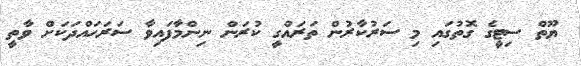
ޔޫތް ސިޓީގެ ގޮތުގައި މި ސަރުކާރުން ތަރައްގީ ކުރަން ނިންމާފައިވާ ސަރަހައްދަކަށް ވާތީ